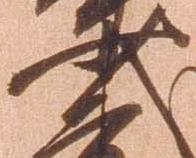
少